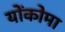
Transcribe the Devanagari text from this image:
योंकोमा